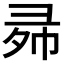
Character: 𱝠